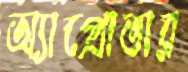
অ্যাপ্রোভার